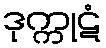
ဒုက္ကုဋံ